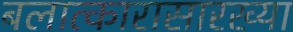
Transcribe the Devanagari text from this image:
बलात्कारासारख्या